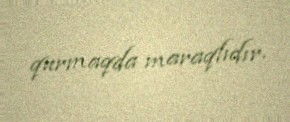
qurmaqda maraqlıdır.